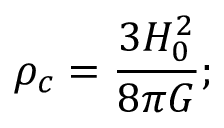
\rho _ { c } = { \frac { 3 H _ { 0 } ^ { 2 } } { 8 \pi G } } ;